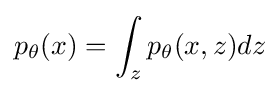
p_{\theta }(x)=\int _{z}p_{\theta }(x,z)dz